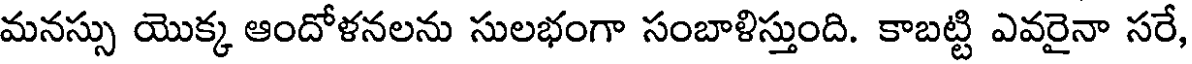
మనస్సు యొక్క ఆందోళనలను సులభంగా సంబాళిస్తుంది. కాబట్టి ఎవరైనా సరే,